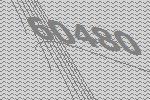
60480